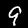
Label: 9